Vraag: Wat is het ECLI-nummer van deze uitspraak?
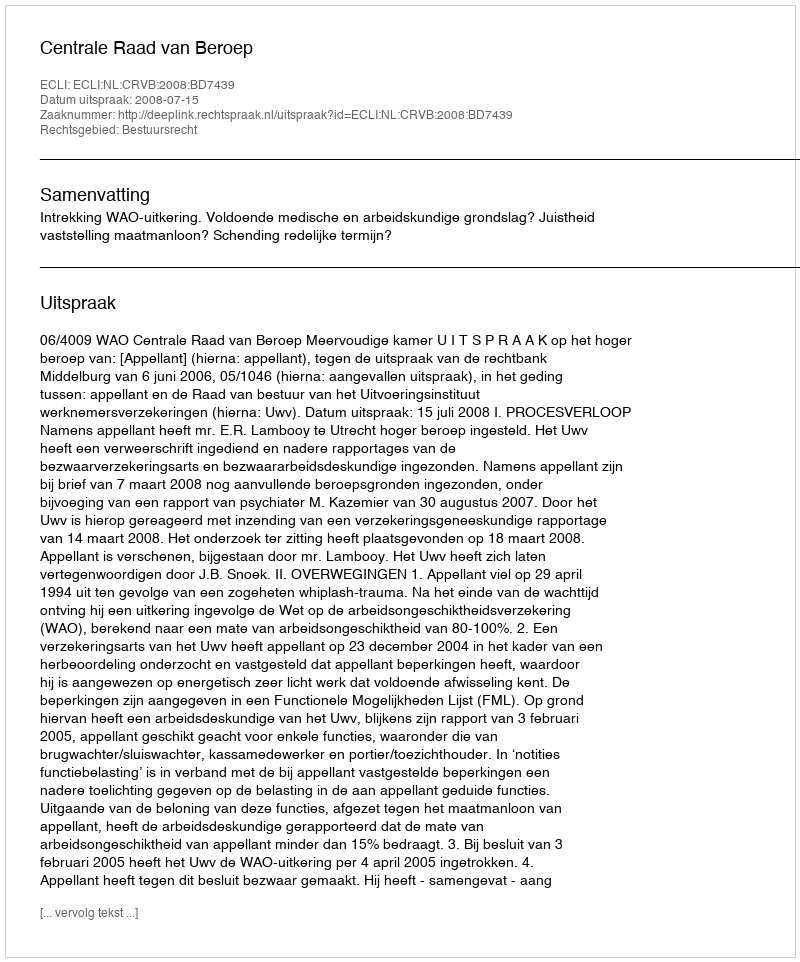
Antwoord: ECLI:NL:CRVB:2008:BD7439